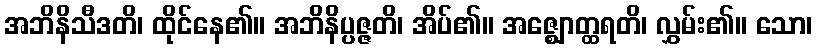
အဘိနိသီဒတိ၊ ထိုင်နေ၏။ အဘိနိပ္ပဇ္ဇတိ၊ အိပ်၏။ အဇ္ဈောတ္ထရတိ၊ လွှမ်း၏။ သော၊